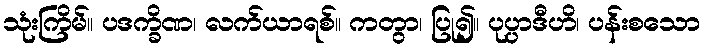
သုံးကြိမ်။ ပဒက္ခိဏ၊ လက်ယာရစ်။ ကတွာ၊ ပြု၍။ ပုပ္ပာဒီဟိ၊ ပန်းစသော